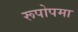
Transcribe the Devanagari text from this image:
रूपोपमा